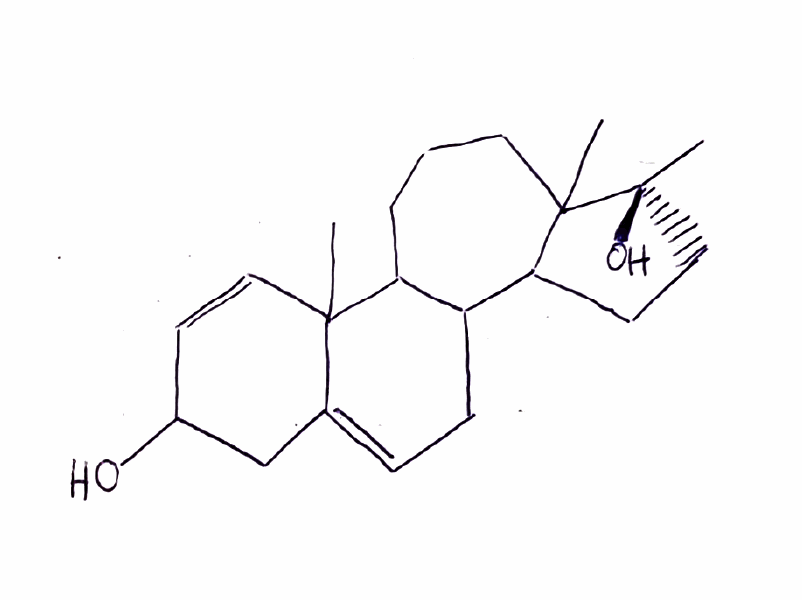
Simplified molecular-input line-entry system (SMILES) notation of the given molecule:
C[C@@]1(CCC2C1(CCC3C2CC=C4C3(C=CC(C4)O)C)C)O